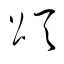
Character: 頌